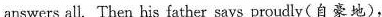
answers all. Then his father says proudly(自豪地),